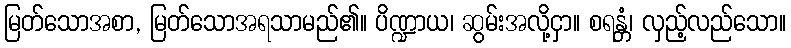
မြတ်သောအစာ, မြတ်သောအရသာမည်၏။ ပိဏ္ဍာယ၊ ဆွမ်းအလို့ငှာ။ စရန္တံ၊ လှည့်လည်သော။